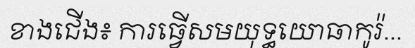
ខាងជើង៖ ការធ្វើសមយុទ្ធយោធាកូរ៉...